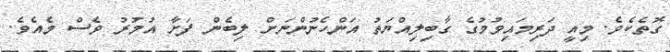
ގޮތެކެވެ. މިއީ ދަރިމައިވުމުގެ ގާބިލިއްޔަތު އަންހެނުންނަށް ލިބެން ފަށާ އުމުރު ވެސް މެއެވެ.